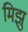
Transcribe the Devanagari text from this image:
मिझु